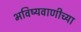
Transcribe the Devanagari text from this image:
भविष्यवाणीच्या